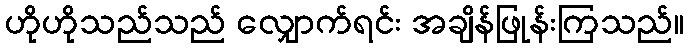
ဟိုဟိုသည်သည် လျှောက်ရင်း အချိန်ဖြုန်းကြသည်။